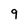
Character: g